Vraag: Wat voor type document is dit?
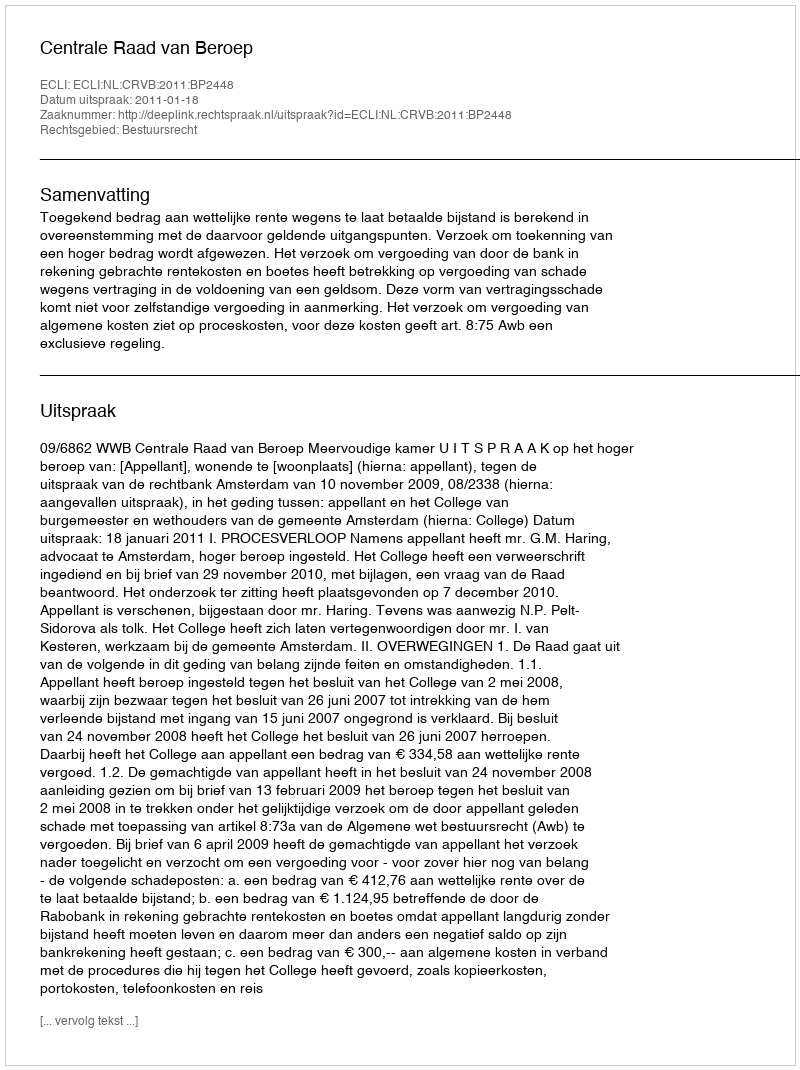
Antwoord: Uitspraak